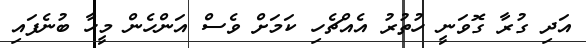
އަދި ގުރާ ގޮވަނީ ހުތުރު އެއްޗެހި ކަމަށް ވެސް އަންހެން މީހާ ބުނެފައި